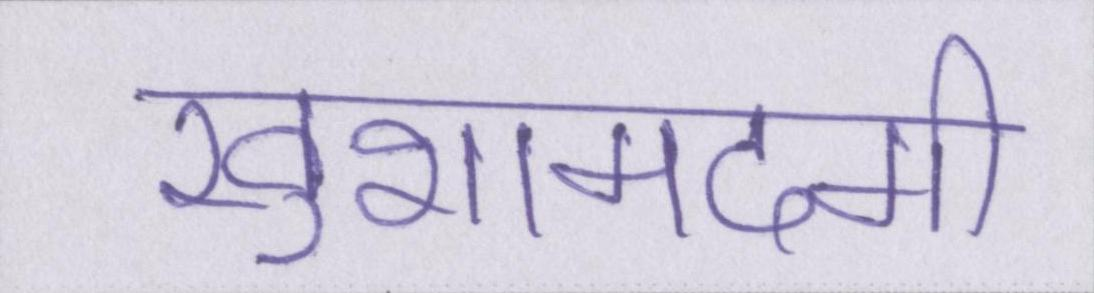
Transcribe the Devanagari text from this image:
खुशामदगी